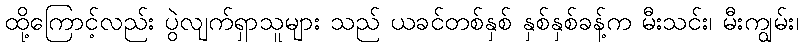
ထို့ကြောင့်လည်း ပွဲလျက်ရှာသူများ သည် ယခင်တစ်နှစ် နှစ်နှစ်ခန့်က မီးသင်း၊ မီးကျွမ်း၊